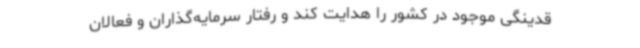
قدینگی موجود در کشور را هدایت کند و رفتار سرمایه‌گذاران و فعالان